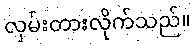
လှမ်းတားလိုက်သည်။